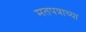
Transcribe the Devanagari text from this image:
मतपत्राच्या